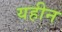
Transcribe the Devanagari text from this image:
यहीन